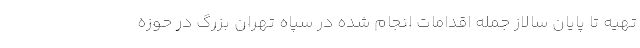
تهیه تا پایان سالاز جمله اقدامات انجام شده در سپاه تهران بزرگ در حوزه